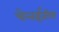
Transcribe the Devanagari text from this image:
चेन्‍नईतील